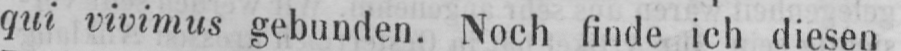
qui vivimus gebunden. Noch finde ich diesen